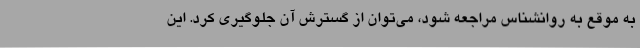
به موقع به روانشناس مراجعه شود، می‌توان از گسترش آن جلوگیری کرد. این